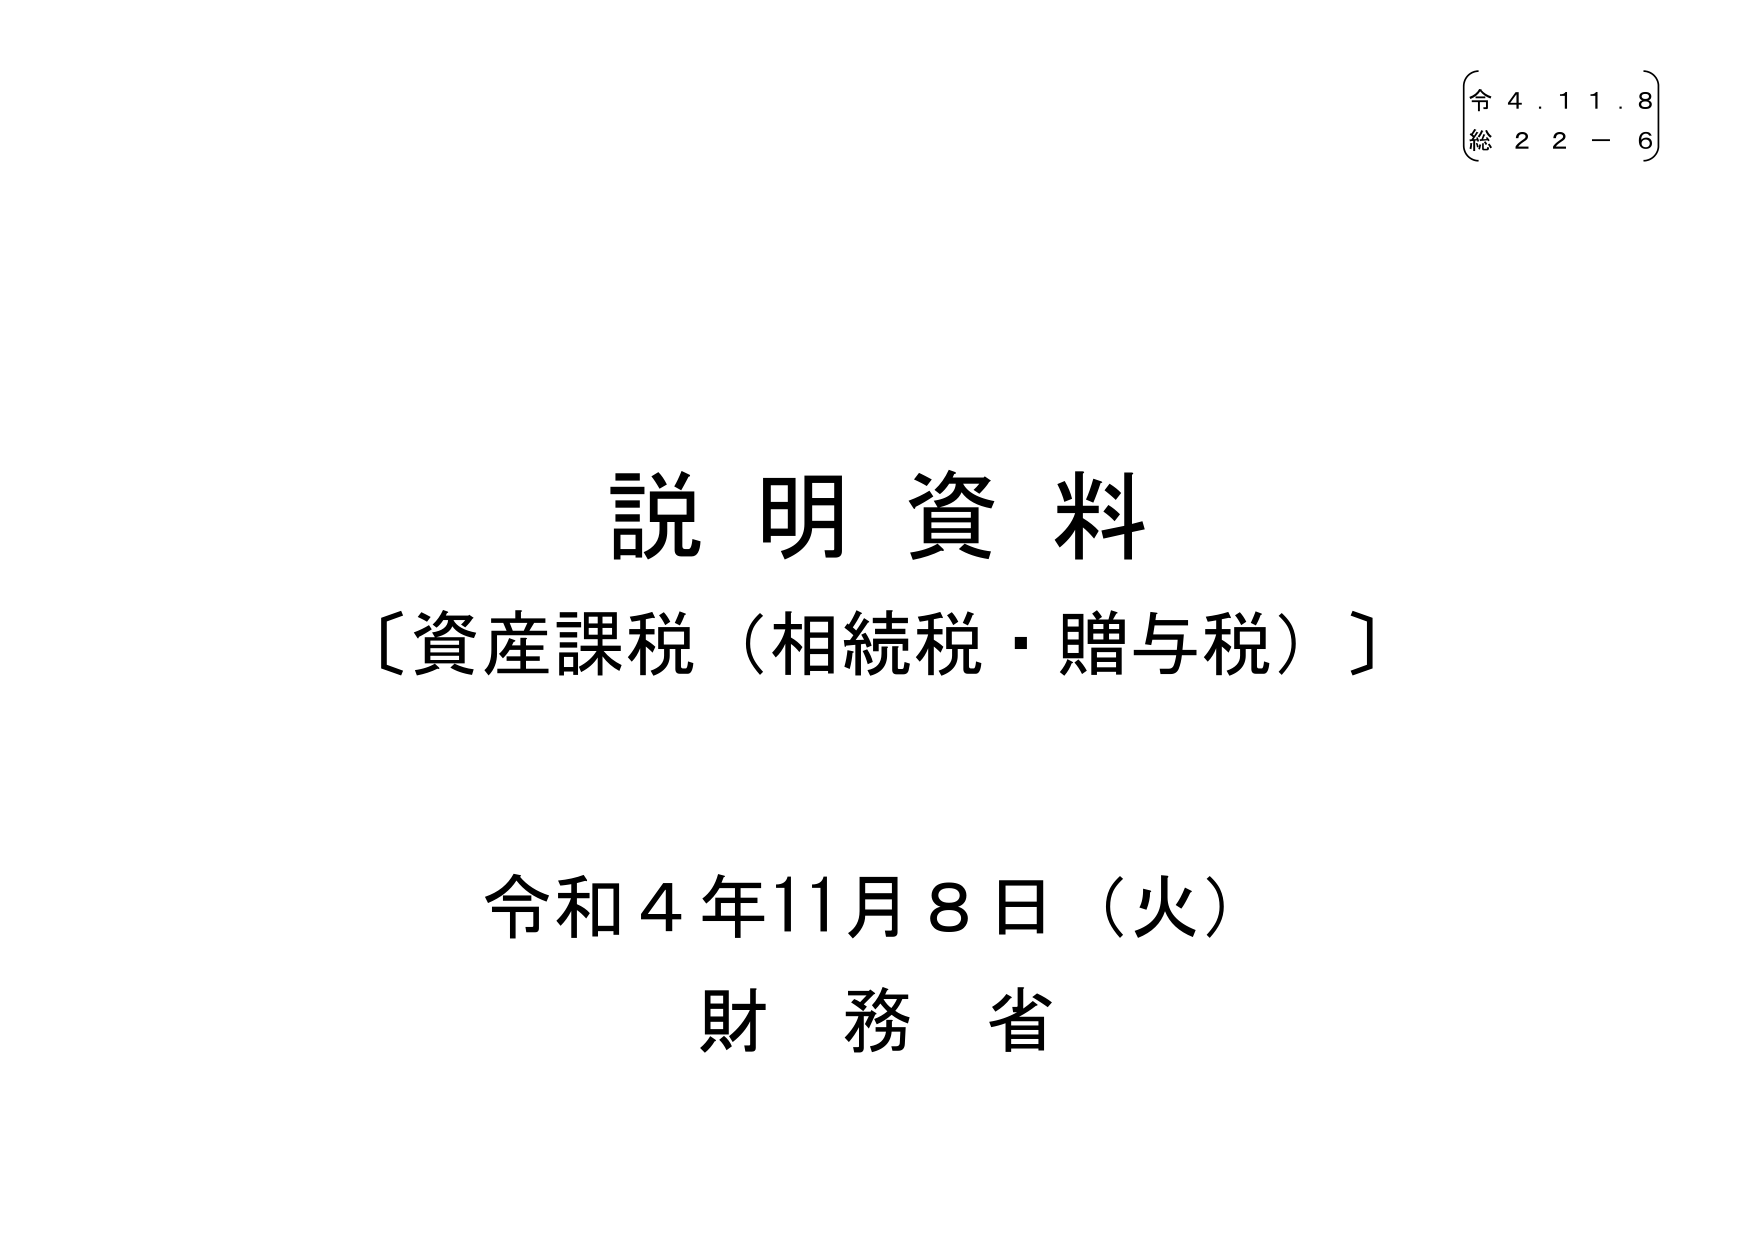
説明資料
〔資産課税（相続税・贈与税）〕

令和4年11月8日（火）
財務省

令 4. 1 1. 8
総 2 2 - 6